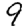
Digit: 9